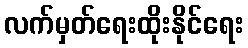
လက်မှတ်ရေးထိုးနိုင်ရေး